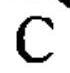
\(C\)